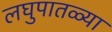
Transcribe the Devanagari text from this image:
लघुपातळ्या